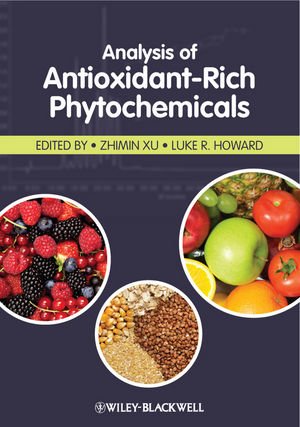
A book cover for Analysis of Antioxidant-Rich Phytochemicals; Health, Fitness & Dieting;